Civil Veterinary Department Bihar & Orissa reports 1911-21 - 1911-1921
Year: 1911
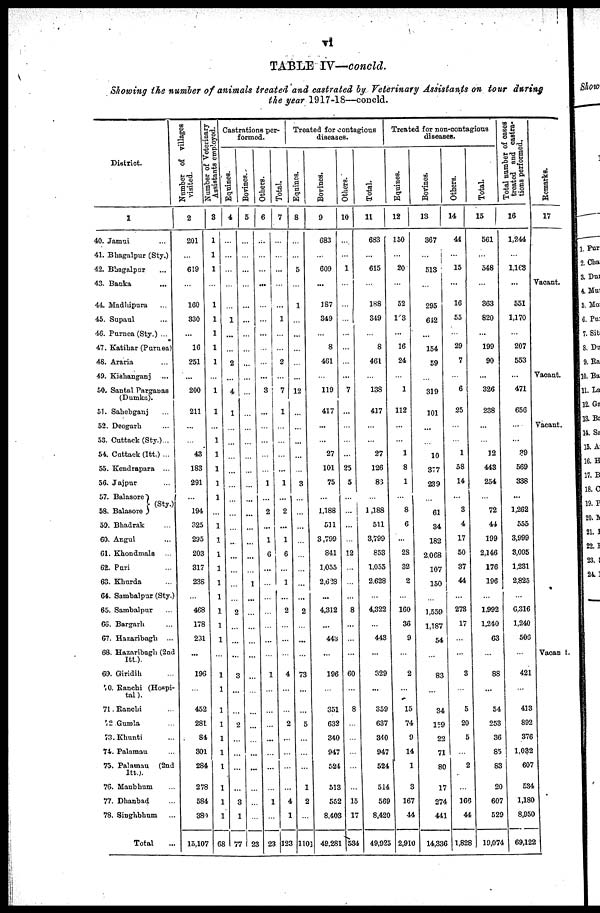
T1
TABLE IV—concld.
Showing the number of animals treated and castrated by Veterinary Assistants on tour during
the year 1917-18—concld.
District.
1
40. Jamui ...
41. Bhagalpur (Sty.)
42. Bhagalpur ...
43. Banka ...
44. Madhipura ...
45. Supaul ...
46. Purnea (Sty.) ...
47. Katihar (Purnea)
48. Araria ...
49. Kishanganj ...
50. Santal Pnrgauas
(Dumka).
51. Sahebganj ...
52. Deogarh ...
53. Cuttack (Sty.)...
54. Cuttack (Itt.) ...
55. Kendrapara ...
56. Jajpur ...
57. Balasore
58. Balaeore
(Sty.)
59. Bhadrak ...
60. Argul ...
61. Khondmals ...
62. Puri ...
63. Khurda ...
64. Sambalpur (Sty.)
65. Sambalpur ...
66. Bargarh ...
67. Hazaribagh ...
68. Hazaribagh (2nd
Itt.).
69. Giridih ...
70. Ranchi (Hospi-
tal).
71. Ranchi ...
72. Gumla ...
73. Khunti ...
74. Palamau ...
75. Palamau (2nd
Itt.)
76. Manbhum ...
77. Dhanbad ...
78. Singhbhum ...
Total ...
Number of villages
visited.
2
201
...
619
...
160
330
...
16
251
...
200
211
...
...
43
183
291
...
194
325
295
203
317
238
...
468
178
231
...
196
...
452
281
84
301
284
278
584
380
15,107
Number of Vetereinary
Assistants employed.
3
1
1
1
...
1
1
1
1
1
...
1
1
...
1
1
1
1
...
...
...
...
...
...
1
...
...
...
...
...
...
...
1
...
1
1
1
1
1
1
68
Castrations per-
formed.
Equines.
4
...
...
...
1
...
...
2
...
4
1
...
...
...
...
...
...
...
...
...
...
...
...
...
2
...
...
...
3
...
...
2
...
...
...
...
3
1
77
Bovines.
5
...
...
...
...
...
...
...
...
...
......
...
...
...
...
...
...
...
...
...
...
1
...
...
...
...
...
...
...
...
...
...
...
...
23
Others.
6
...
...
...
...
...
...
...
...
...
3
...
...
...
...
1
...
2
...
1
6
...
...
...
...
...
...
...
1
...
...
...
...
...
...
1
...
23
Total.
7
...
...
...
...
...
1
...
...
2
...
7
1
...
...
...
1
...
2
...
1
6
...
1
...
2
...
...
...
4
...
...
2
...
...
...
...
4
1
123
Treated for contagious
diseases.
Equines.
8
...
...
5
...
1
...
...
...
...
...
12
...
...
...
...
3
...
...
...
...
...
...
...
2
...
...
...
73
...
...
5
...
...
...
1
2
...
1101
Bovines.
9
683
...
609
...
187
349
...
8
461
...
119
417
...
...
27
101
75
...
1,188
511
3,799
841
1,055
2,628
...
4,312
...
443
...
196
...
...
351
632
340
947
524
513
552
8,403
49,281
Others.
10
...
...
1
...
...
...
...
...
...
7
...
...
...
25
5
...
...
...
12
...
...
...
8
...
...
...
60
...
...
8
...
...
...
...
...
15
17
534
Total.
11
683
...
615
...
188
349
...
8
461
...
138
417
...
...
27
126
83
...
1,188
511
3,799
853
1,055
2,628
...
4,322
...
443
...
329
...
...
359
637
340
947
524
...
514
569
8,420
49,925
Treated for non-contagious
diseases.
Equines.
12
150
...
20
...
52
123
...
16
24
...
1
112
...
...
1
8
1
...
8
6
...
28
32
2
...
160
36
9
...
2
...
...
15
74
9
14
1
...
3
167
44
2,910
Bovines.
13
367
...
513
...
295
642
...
154
59
...
319
101
...
...
10
377
239
...
61
34
182
2,068
107
150
...
1,559
1,187
54
...
83
...
...
34
159
22
71
80
...
17
274
441
14,336
Others.
14
44
...
15
...
16
55
...
29
7
...
6
25
...
...
1
58
14
...
3
4
17
50
37
44
...
275
17
...
3
...
...
5
20
5
...
2
...
...
166
44
1,828
Total.
15
561
...
548
...
363
820
...
199
90
...
326
238
...
...
12
443
254
...
72
44
199
2,146
176
196
...
1,992
1,240
63
...
88
...
...
54
253
36
85
83
20
607
529
19,074
Total number of cases
treated and castra-
tions performed.
16
1,244
...
1,163
...
551
1,170
...
207
553
...
471
656
...
...
39
569
338
...
1,262
555
3,999
3,005
1,231
2,825
...
6,316
1,240
506
...
421
...
...
413
892
376
1,032
607
...
534
1,180
8,950
69,122
Remarks.
17
Vacant.
Vacant.
Vacant.
Vacant.